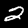
Digit: 2